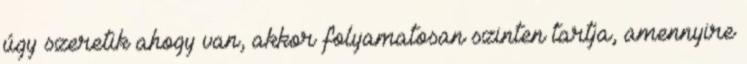
úgy szeretik ahogy van, akkor folyamatosan szinten tartja, amennyire